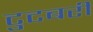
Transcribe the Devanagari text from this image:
टुटबरी